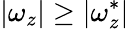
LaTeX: |\omega_{z}|\geq|\omega_{z}^{*}|